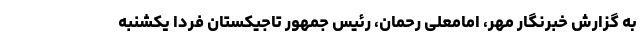
به گزارش خبرنگار مهر، امامعلی رحمان، رئیس جمهور تاجیکستان فردا یکشنبه